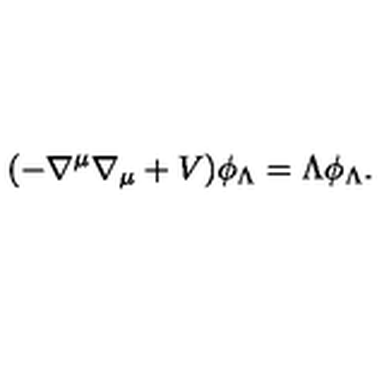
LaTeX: ( - \nabla ^ { \mu } \nabla _ { \mu } + V ) \phi _ { \Lambda } = \Lambda \phi _ { \Lambda } .